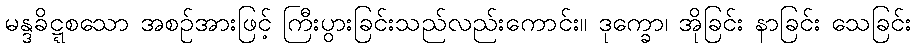
မန္ဒခိဋ္ဋစသော အစဉ်အားဖြင့် ကြီးပွားခြင်းသည်လည်းကောင်း။ ဒုက္ခော၊ အိုခြင်း နာခြင်း သေခြင်း